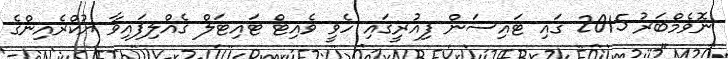
ނޮވެމްބަރު 2015 ގައި ޓައިސަން ފިއުރީގައި ހެވީ ވެއިޓް ޓައިޓަލް ގެއްލިފައިވާ ޔުކްރެއިންގެ